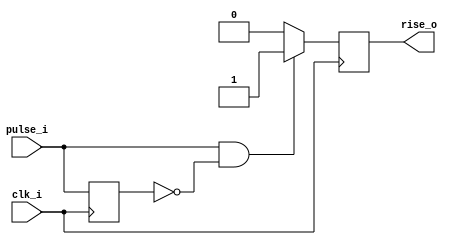
/*Rising edge capture
  clk_i is faster than pulse	
  rise_o is asserted once detected a rising edge, stays asserted for one clock cycle*/
module rising_edge(
input clk_i, 
input pulse_i, 
output reg rise_o);

	reg dly;
	always@(posedge clk_i) begin
		if(pulse_i & (~dly))
			rise_o <= 1'b1;
		else
			rise_o <= 1'b0;
	
		dly <= pulse_i;
		
	end
	
endmodule

/*falling edge capture
  clk_i is faster than pulse	
  fall_o is asserted once detected a falling edge, stays asserted for one clock cycle*/
module falling_edge(
input clk_i, 
input pulse_i, 
output reg fall_o);

	reg dly;
	always@(posedge clk_i) begin
		if((~pulse_i) & dly)
			fall_o <= 1'b1;
		else
			fall_o <= 1'b0;
	
		dly <= pulse_i;
		
	end
	
endmodule

/*edge capture on both edges
  clk_i is faster than pulse	
  edge_o is asserted once detected a rising or falling edge, stays asserted for one clock cycle*/
module edge_detector (
input clk_i, 
input pulse_i, 
output reg edge_o);

	reg dly;
	always@(posedge clk_i) begin
		if(pulse_i ^ dly)
			edge_o <= 1'b1;
		else
			edge_o <= 1'b0;
	
		dly <= pulse_i;
		
	end
	
endmodule